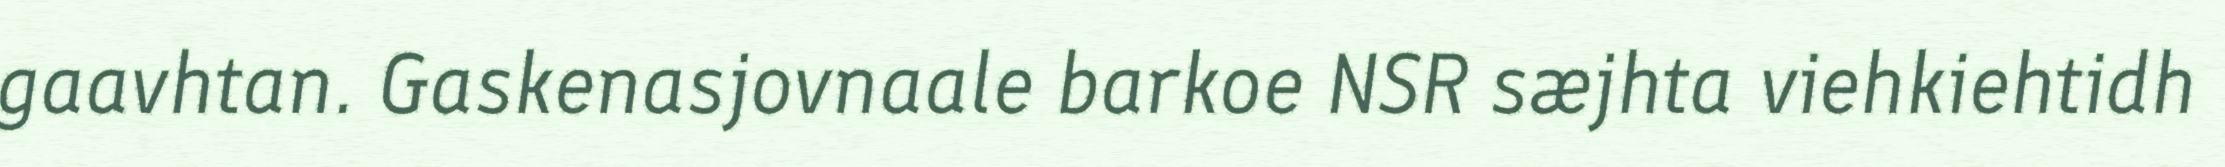
gaavhtan. Gaskenasjovnaale barkoe NSR sæjhta viehkiehtidh